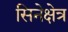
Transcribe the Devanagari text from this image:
सिनेक्षेत्र